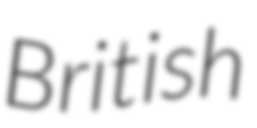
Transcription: British